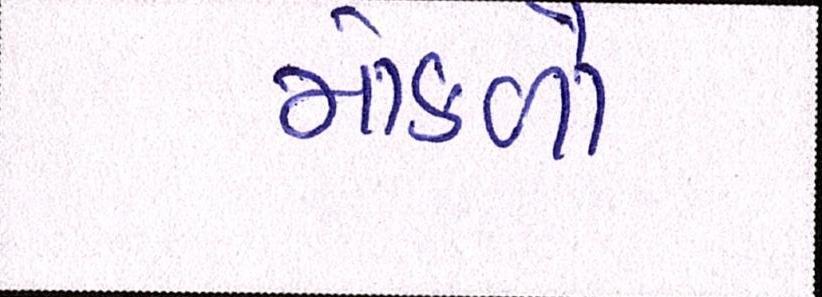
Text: મોકળો